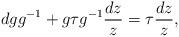
LaTeX: \begin{align*}dgg^{-1}+g\tau g^{-1}\frac{dz}{z}=\tau\frac{dz}{z},\end{align*}